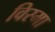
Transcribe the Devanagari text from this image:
विस्मा